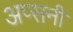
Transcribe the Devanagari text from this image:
अप्सनी